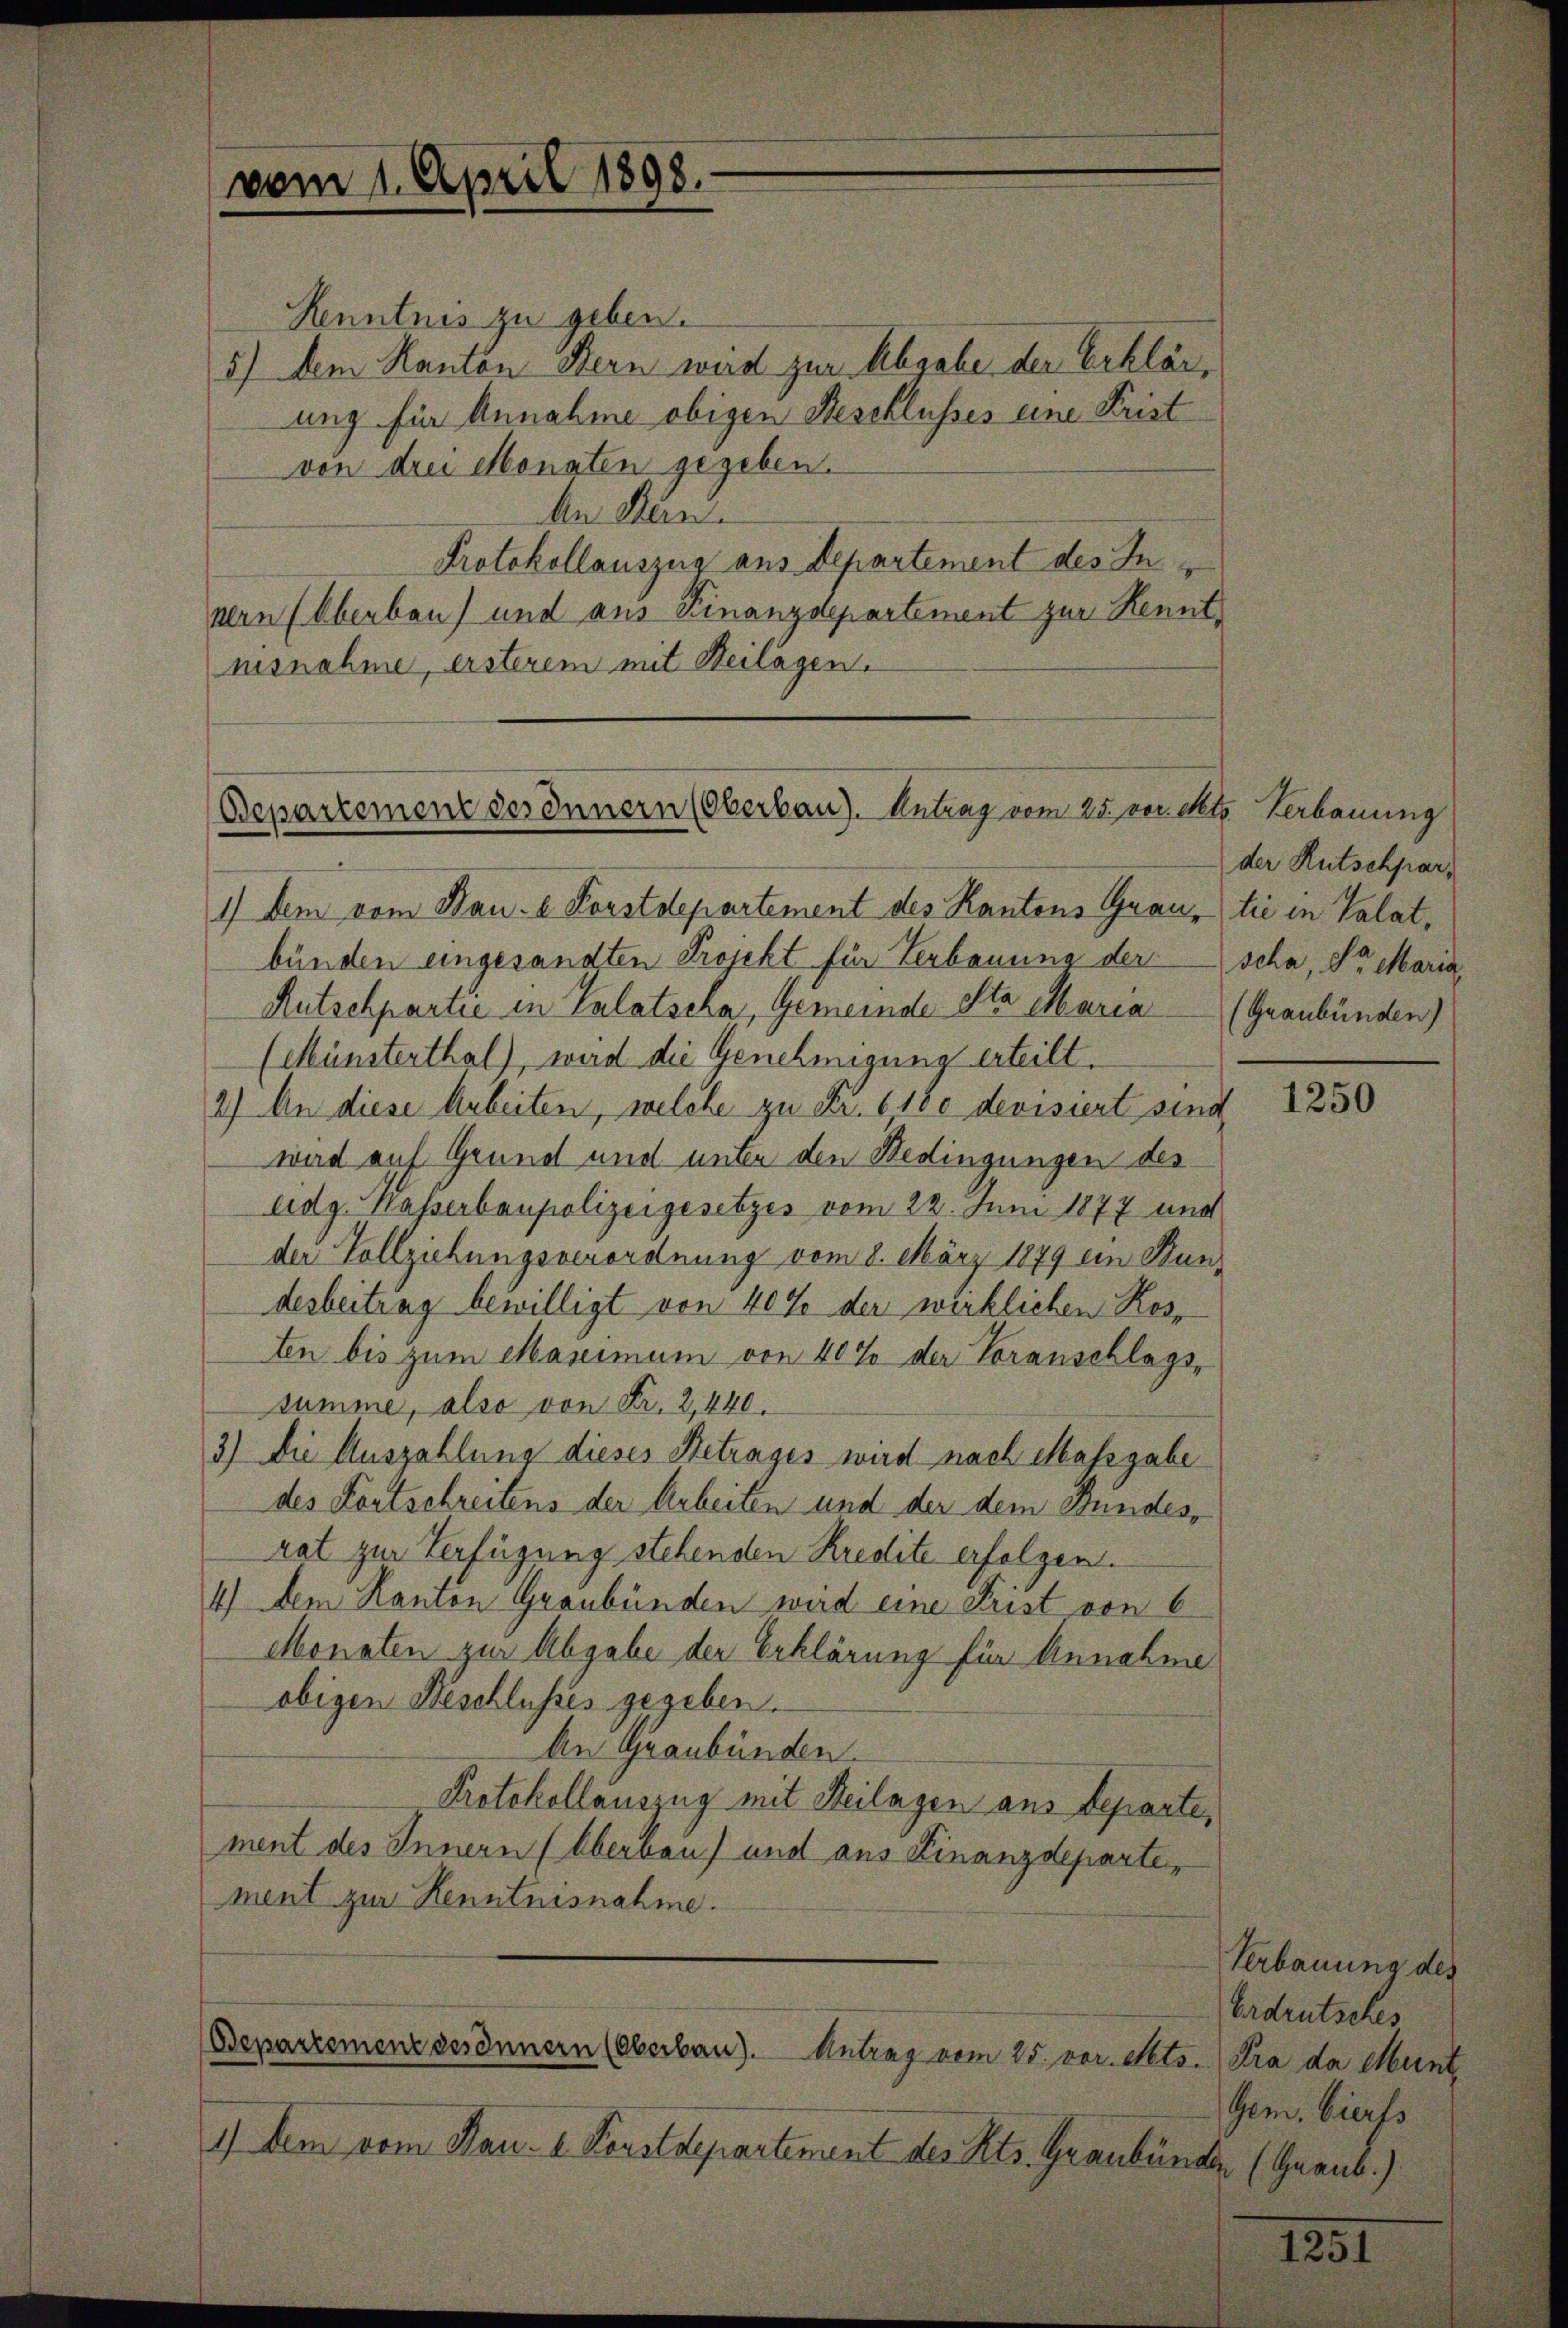
vom 1. April 1898.

Kenntnis zu geben.
5) dem Kanton Bern wird zur Abgabe der Erklärung für Annahme obigen Beschlusses eine Frist
von den Monaten gegeben.
An Kan
Protokollauszug aus Departement des Innern (Oberbau und aus Finanzdepartement zur Kenntnisnahme, ersterem mit Beilagen.

Bepartement des Innern (Oberbau). Antrag vom 25. vereht. Verbauung

der Rutschpar¬

1) dem vom Bau- 2 Forstdepartement des Kantons Grau-tić in Valat,
bünden eingesandten Projekt für Verbauung der scha, der Maria
Rutschpartie in Calatscha, Gemeinde Alta Maria (Graubünden)
(Münsterthal), wird die Genehmigung erteilt.
2) An diese Arbeiten, welche zu Fr. 6180 devisiert sind
wird auf Grund und unter den Bedingungen des
Adg. Wasserbaupolizeigesetzes vom 22. Juni 1877 und
der Vollziehungsverordnung vom 8. März 1879 ein Stundesbeitrag bewilligt von 40% der wirklichen Kosten bis zum Maximum von 40% der Voranschlagssumme, also von Fr. 2,440.
3) Die Auszahlung dieses Betrages wird nach Massgabe
des Fortschreitens der Arbeiten und der dem Bundesrat zur Verfügung stehenden Kredite erfolgen.
4) dem Kanton Graubünden wird eine Frist von 6
Monaten zur Abgabe der Erklärung für Annahme
obigen Beschlusses gegeben.
An Graubünden.
Protokollauszug mit Beilagen aus Departe,
ment des Innern (Oberbau) und aus Finanzdepartement zur Kenntnisnahme.
Bepartemenz des Innern (Oberbau). Antrag vom 25. vor. Mts. Kra da Munt
1) dem vom Kau. I. Forstdepartement des Kts. Graubünden (Graub.)

1250

Verbauung des
Erdrutsches
Gem. Vierfs

1231